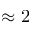
\approx 2